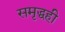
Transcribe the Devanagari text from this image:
समृद्धही